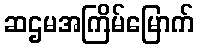
ဆဌမအကြိမ်မြောက်